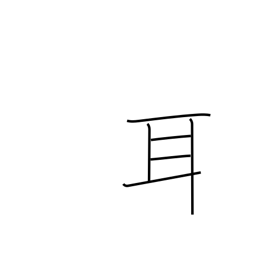
Meaning: ear